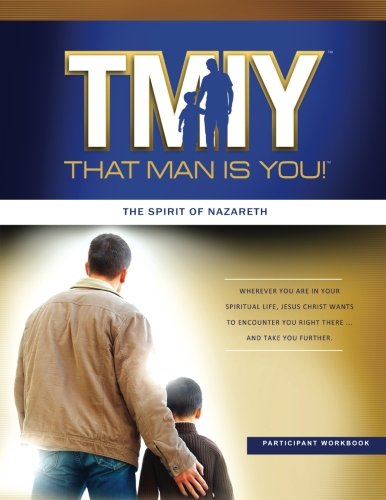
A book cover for That Man is You! Participant Book: The Spirit of Nazareth (Volume 2); Steve Bollman; Christian Books & Bibles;